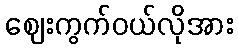
ဈေးကွက်ဝယ်လိုအား